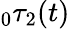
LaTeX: \phantom{}_{0}\tau_{2}(t)